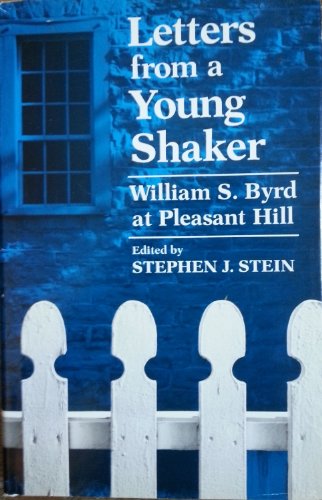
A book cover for Letters from a Young Shaker: William S. Byrd at Pleasant Hill; William S. Byrd; Christian Books & Bibles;